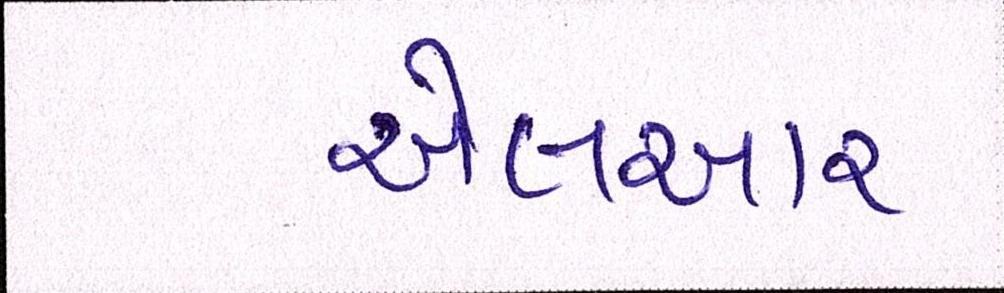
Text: એલઆર